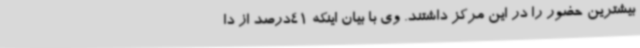
بیشترین حضور را در این مرکز داشتند. وی با بیان اینکه 41درصد از دا